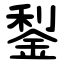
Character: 鋫